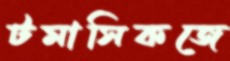
টমাসিকজে